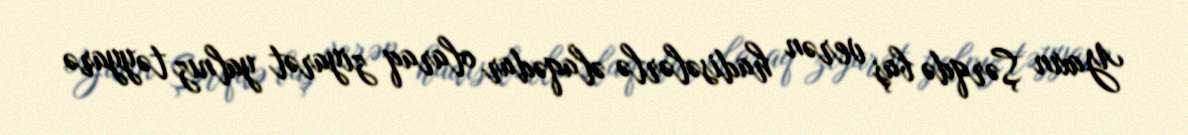
Yaxın Şərqdə baş verən hadisələrlə əlaqədar olaraq ziyarət yalnız təyyarə